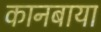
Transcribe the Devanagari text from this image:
कानबाया